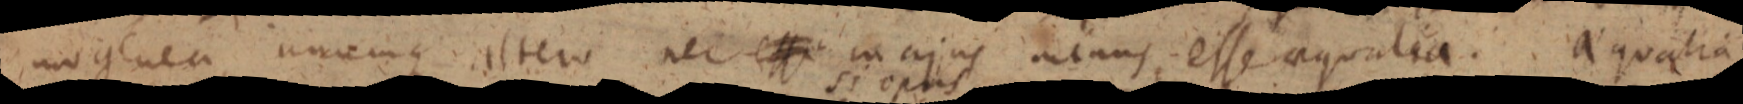
mogenea ucunque altero nec esse majus acans, esse aqualia. aequalia